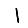
Digit: 1